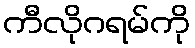
ကီလိုဂရမ်ကို